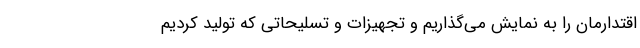
اقتدارمان را به نمایش می‌گذاریم و تجهیزات و تسلیحاتی که تولید کردیم